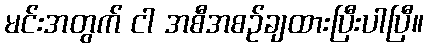
မင်းအတွက် ငါ အစီအစဉ်ချထားပြီးပါပြီ။